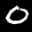
Label: 0